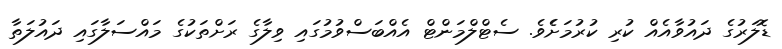
ޑޮލަރުގެ ދައުވާއެއް ކުރި ކުރުމަށެެވެ. ސެޓްލްމަންޓް އެއްބަސްވުމުގައި ވިލާގެ ރަށްތަކުގެ މައްސަލާގައި ދައުލަތާ